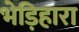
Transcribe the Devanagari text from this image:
भेड़िहारा